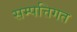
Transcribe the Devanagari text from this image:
सम्पत्तिगत